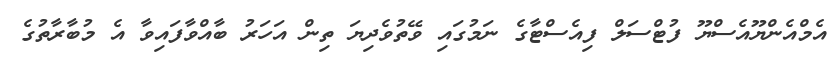
އެމްއެންޔޫއެސްޔޫ ފުޓްސަލް ފިއެސްޓާގެ ނަމުގައި ވޭތުވެދިޔަ ތިން އަހަރު ބާއްވާފައިވާ އެ މުބާރާތުގެ